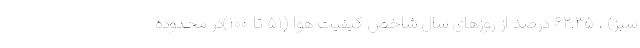
سبز) ، ۶۲.۳۵ درصد از روزهای سال شاخص کیفیت هوا (۵۱ تا ۱۰۰)در محدوده